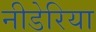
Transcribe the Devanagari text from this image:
नीडेरिया